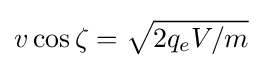
v\cos \zeta ={\sqrt {2q_{e}V/m}}